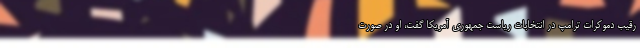
رقیب دموکرات ترامپ در انتخابات ریاست جمهوری آمریکا گفت، او در صورت